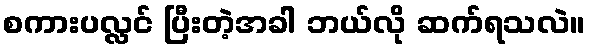
စကားပလ္လင် ပြီးတဲ့အခါ ဘယ်လို ဆက်ရသလဲ။